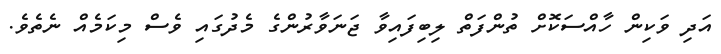
އަދި ވަކިން ހާއްސަކޮށް ތުންފަތް ލިބިފައިވާ ޖަނަވާރުންގެ މެދުގައި ވެސް މިކަމެއް ނެތެވެ.